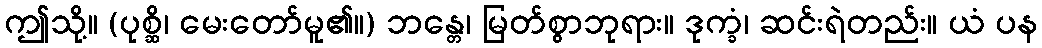
ဤသို့။ (ပုစ္ဆိ၊ မေးတော်မူ၏။) ဘန္တေ၊ မြတ်စွာဘုရား။ ဒုက္ခံ၊ ဆင်းရဲတည်း။ ယံ ပန